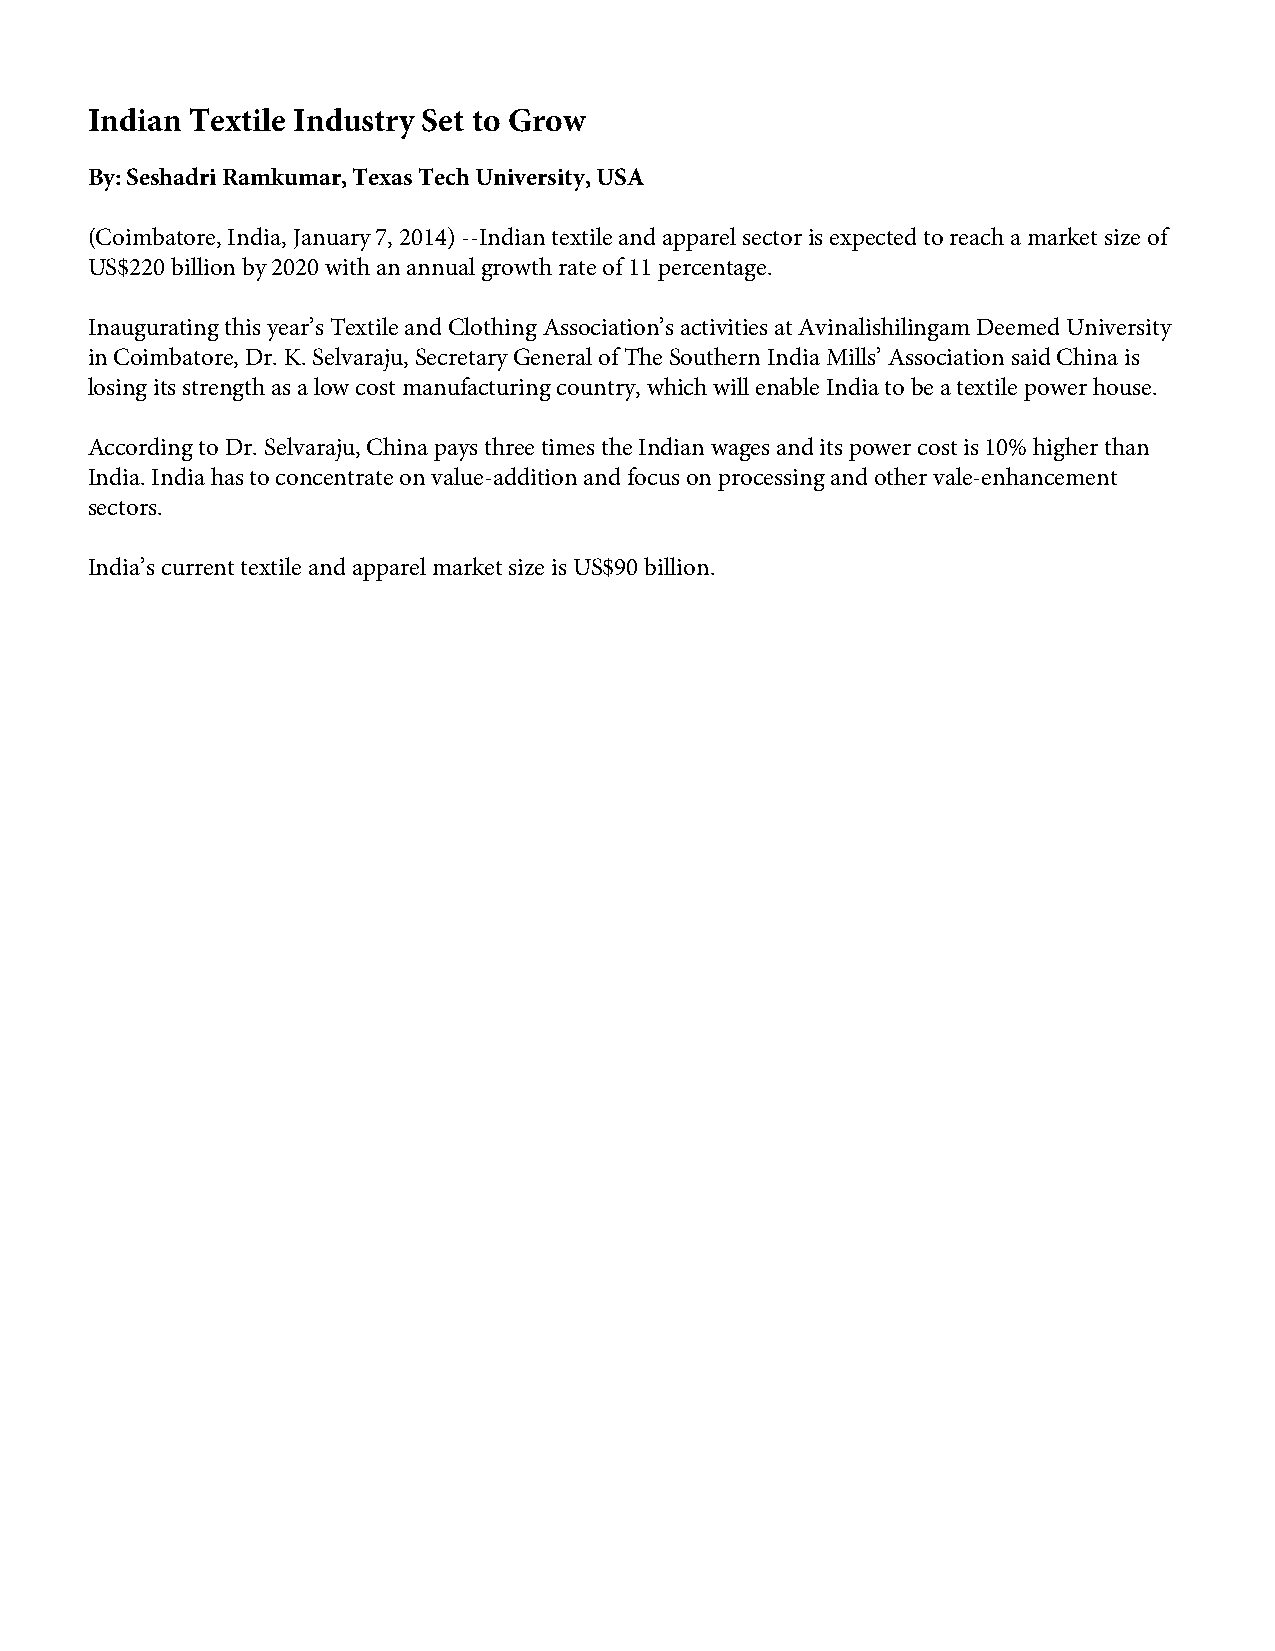
Indian Textile Industry Set to Grow
 By: Seshadri Ramkumar, Texas Tech University, USA
 (Coimbatore, India, January 7, 2014) --Indian textile and apparel sector is expected to reach a market size of
 US$220 billion by 2020 with an annual growth rate of 11 percentage.
 Inaugurating this year’s Textile and Clothing Association’s activities at Avinalishilingam Deemed University
 in Coimbatore, Dr. K. Selvaraju, Secretary General of The Southern India Mills’ Association said China is
 losing its strength as a low cost manufacturing country, which will enable India to be a textile power house.
 According to Dr. Selvaraju, China pays three times the Indian wages and its power cost is 10% higher than
 India. India has to concentrate on value-addition and focus on processing and other vale-enhancement
 sectors.
 India’s current textile and apparel market size is US$90 billion.